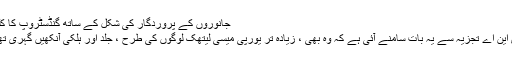
جانوروں کے پروردگار کی شکل کے ساتھ گنڈسٹروپ کا کلہوا
ڈی این اے تجزیہ سے یہ بات سامنے آئی ہے کہ وہ بھی ، زیادہ تر یورپی میسی لیتھک لوگوں کی طرح ، جلد اور ہلکی آنکھیں گہری تھیں۔